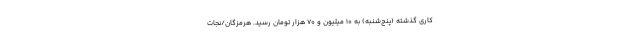
کاری گذشته (پنج‌شنبه) به ۱۰ میلیون و 70 هزار تومان رسید. هرمزگان/نجات